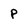
Character: P